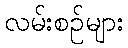
လမ်းစဉ်များ